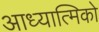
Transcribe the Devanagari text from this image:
आध्यात्मिको